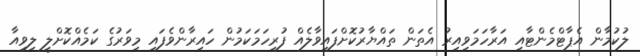
ލުކުމާން އެޕާޓްމެންޓާއި އަރާހަމަވިއިރު އެތަން ތައްޔާރުކޮށްފައިވާލެއް ފުރިހަމަކަމުން ހައިރާންވެފައި މިވަރުގެ ކަމެއްކޮށްލީ ލިވިއާ